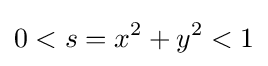
0<s=x^{2}+y^{2}<1